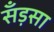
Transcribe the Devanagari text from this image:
सँड़सा